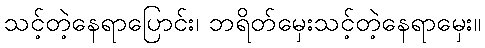
သင့်တဲ့နေရာပြောင်း၊ ဘရိတ်မှေးသင့်တဲ့နေရာမှေး။